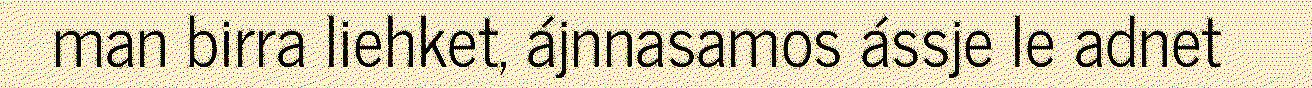
man birra liehket, ájnnasamos ássje le adnet